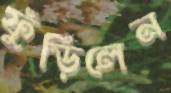
ফুঁড়িলেন